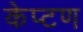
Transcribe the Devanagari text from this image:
केप्टण